Leningradi_Edasi_toimetus, lk 185
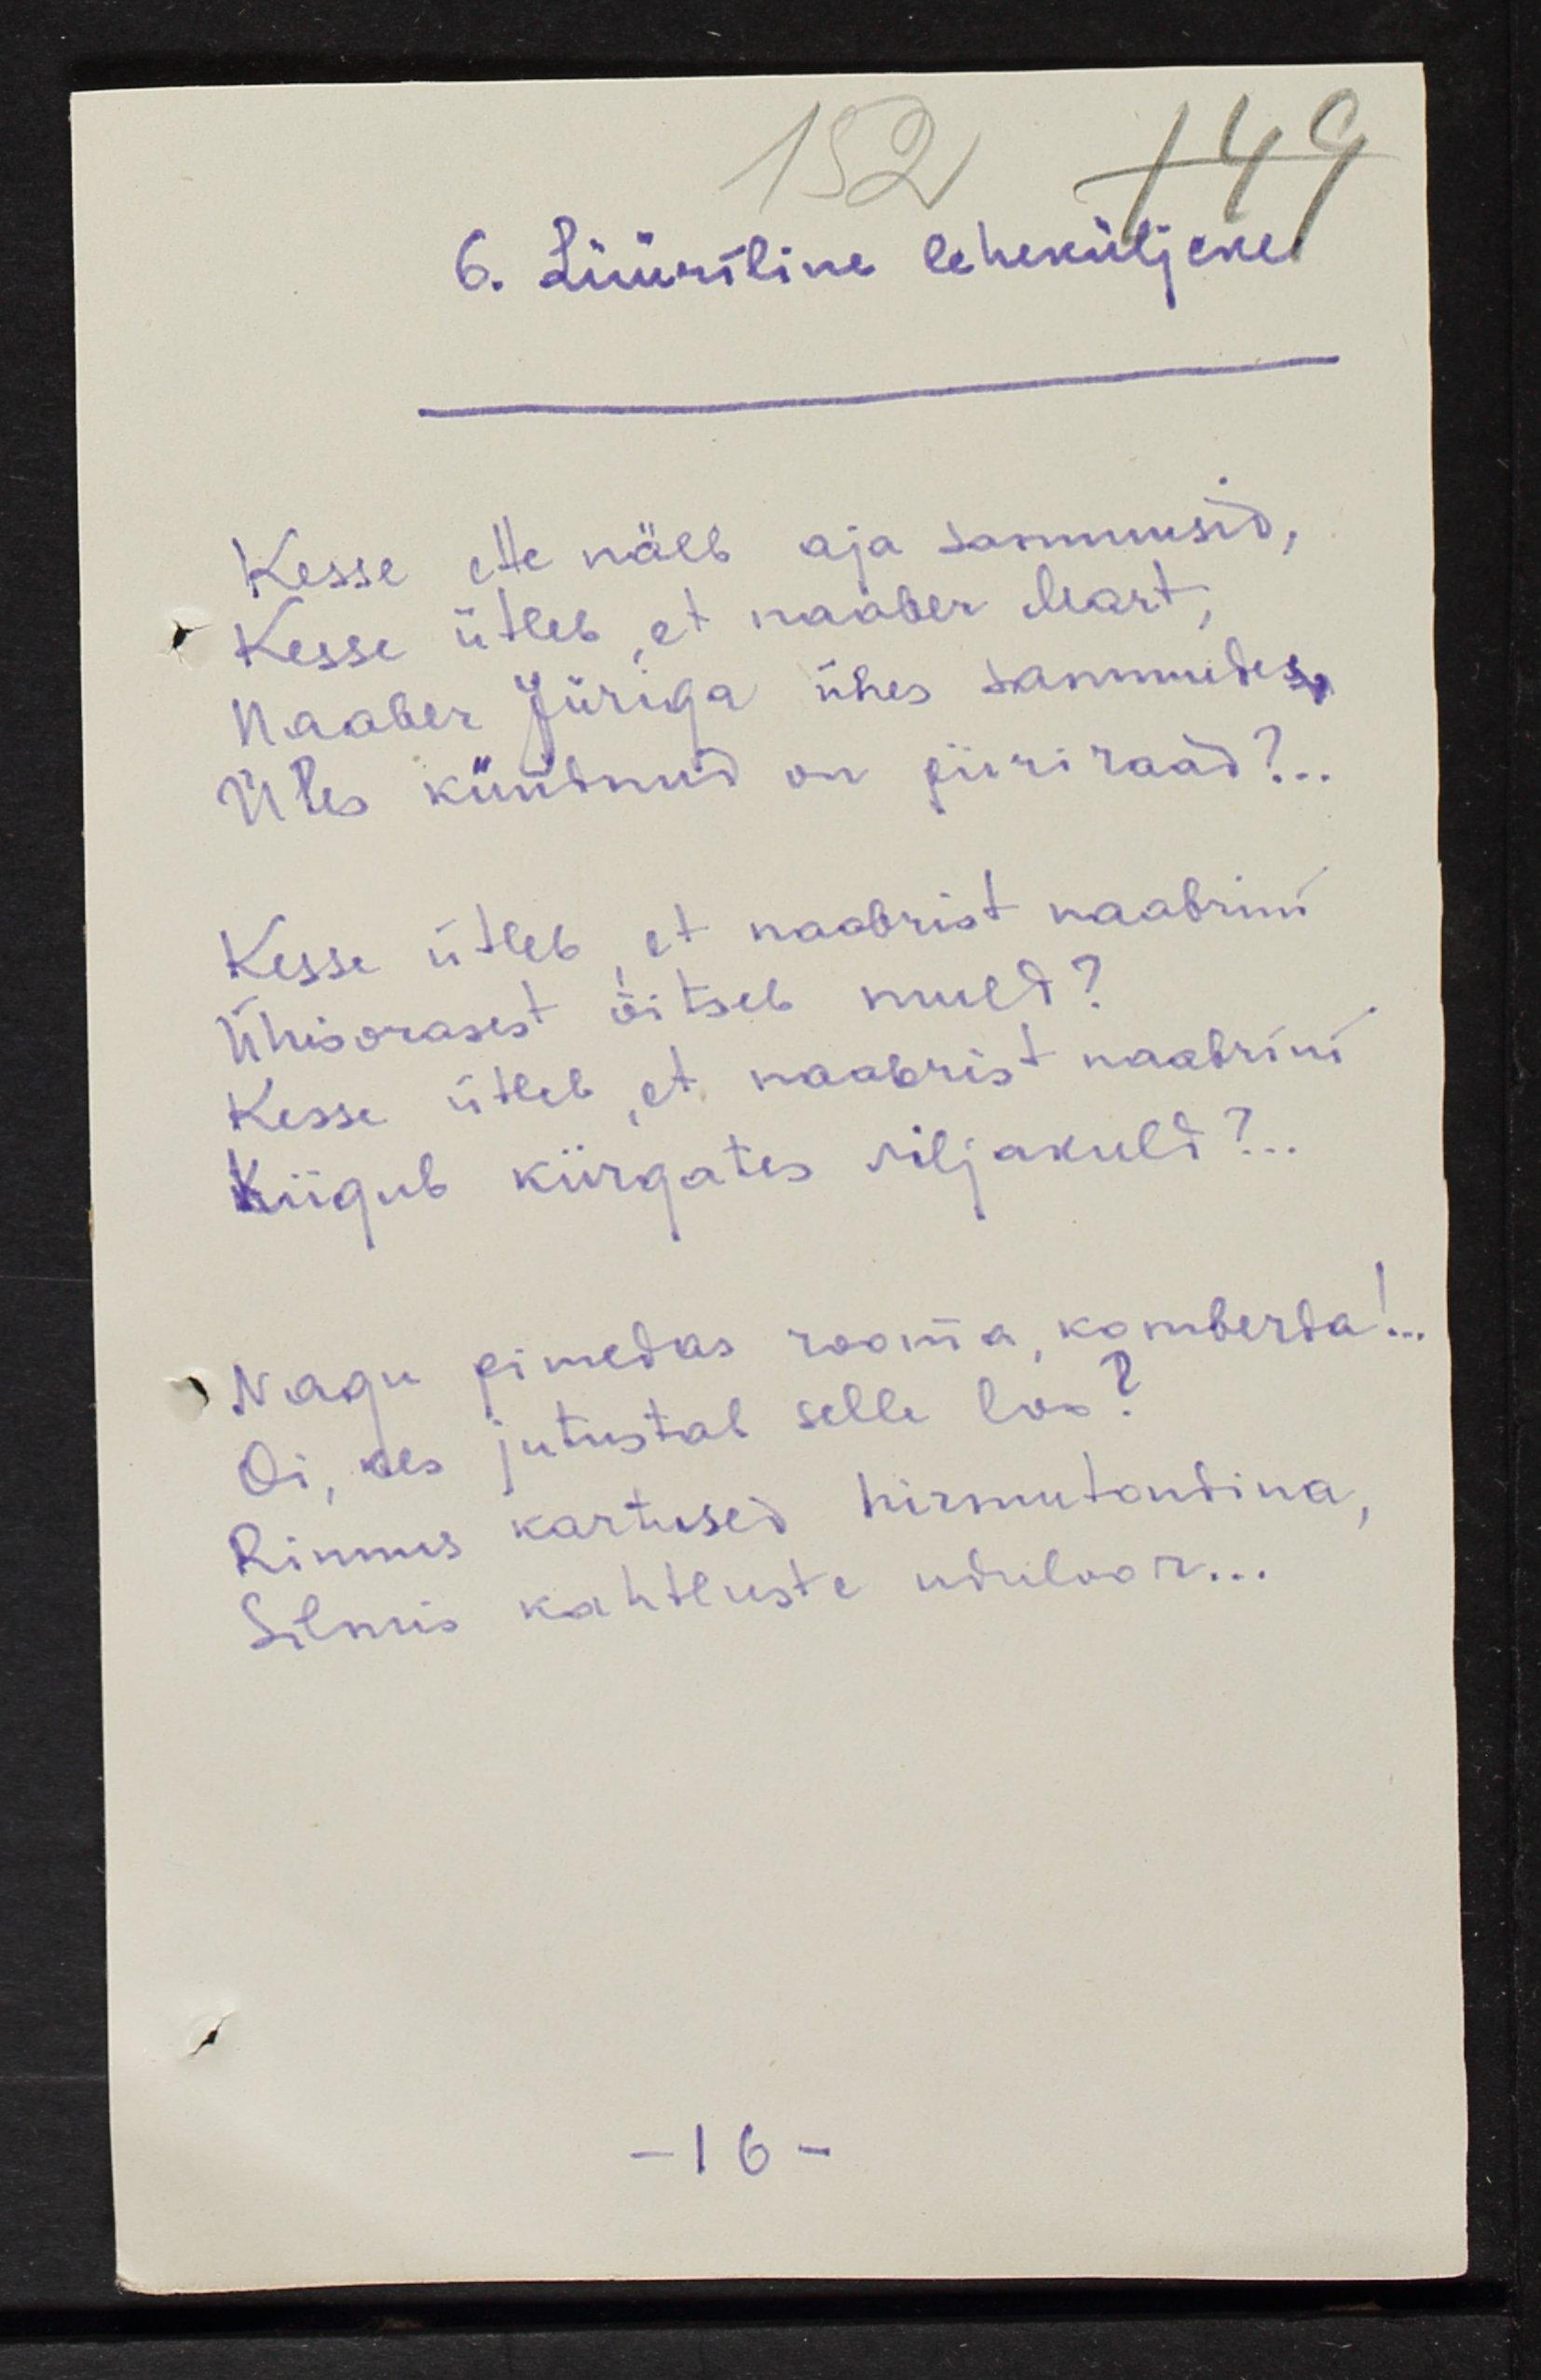
6. Lüüriline leheküljeke
Kesse ette näeb aja sammusid,
Kesse ütleb, et naaber Mart,
Naaber Jüriga ühes sammudes
Ühes kündnud on piiriraad?..
Kesse ütleb, et naabrist naabrini
Ühisorasest õitseb muld?
Kesse ütleb, et naabrist naabrini 
Kiigub kiirgates viljakuld?..
Nagu pimedas rooma, komberda!..
Oi, kes jutustab selle loo?
Rinnus kartused hirmutondina, 
Silmis kahtluste uduloor...